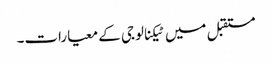
مستقبل میں ٹیکنالوجی کے معیارات۔